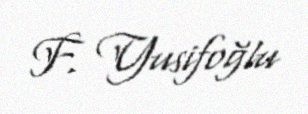
F. Yusifoğlu